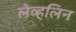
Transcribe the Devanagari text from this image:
लेव्हलिन